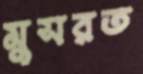
মুসরত